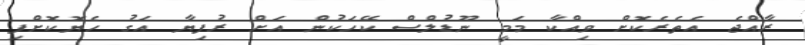
ރާއްޖެ އެތެރެކޮށް ވިއްކާ މަމީ ނޫޑުލްސް ކޭހަކުން އަށް ރުފިޔާ އަގު ހެޔޮކޮށްފި